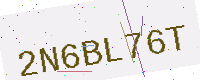
Text: 2N6BL76T